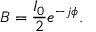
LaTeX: B = { \frac { I _ { 0 } } { 2 } } e ^ { - j \phi } .